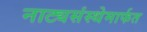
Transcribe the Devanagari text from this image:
नाट्यसंस्थेमार्फत